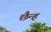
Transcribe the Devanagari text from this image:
छैन्ह